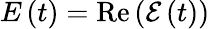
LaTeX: E\left(t\right)=\mathrm{Re}\left(\mathcal{E}\left(t\right)\right)